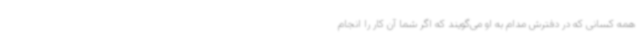
همه کسانی که در دفترش مدام به او می‌گویند که اگر شما آن کار را انجام